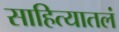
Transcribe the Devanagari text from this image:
साहित्यातलं